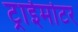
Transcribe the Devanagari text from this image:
ट्राईमोटर